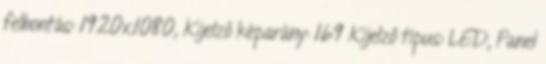
felbontás: 1920x1080, Kijelző képarány: 16:9 Kijelző típus: LED, Panel